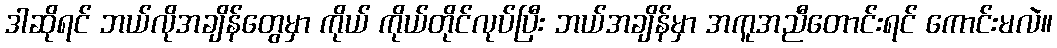
ဒါဆိုရင် ဘယ်လိုအချိန်တွေမှာ ကိုယ် ကိုယ်တိုင်လုပ်ပြီး ဘယ်အချိန်မှာ အကူအညီတောင်းရင် ကောင်းမလဲ။